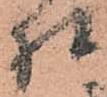
様